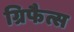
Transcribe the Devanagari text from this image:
ग्रिफैत्स